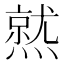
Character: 𤏅